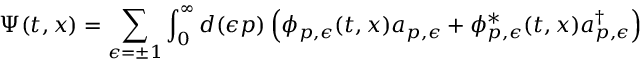
\Psi ( t , x ) = \sum _ { \epsilon = \pm 1 } \int _ { 0 } ^ { \infty } d ( \epsilon p ) \left( \phi _ { p , \epsilon } ( t , x ) a _ { p , \epsilon } + \phi _ { p , \epsilon } ^ { \ast } ( t , x ) a _ { p , \epsilon } ^ { \dagger } \right)